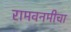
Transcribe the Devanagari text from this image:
रामवनमीचा